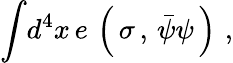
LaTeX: {\int}d^{4}x\, e\, \left(\, \sigma\, ,\, {\bar{\psi}\psi}\, \right)\, \, ,